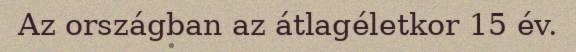
Az országban az átlagéletkor 15 év.